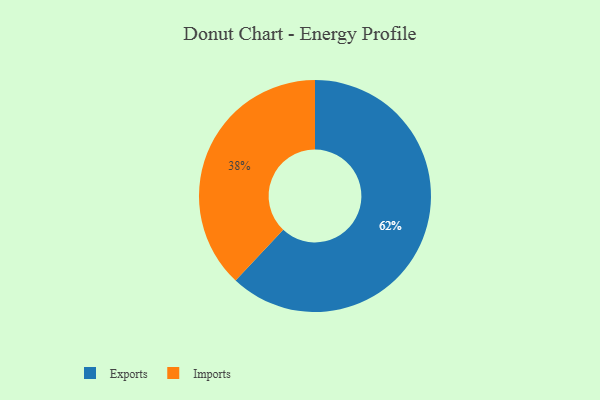
{"axis": {"x": "Category", "y": "Percentage"}, "legend": ["Exports", "Imports"], "data": [{"x": "Exports", "y": 62, "type": "Exports"}, {"x": "Imports", "y": 38, "type": "Imports"}]}